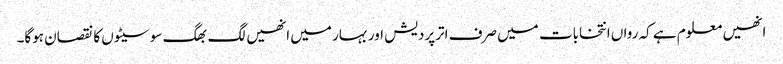
انھیں معلوم ہے کہ رواں انتخابات میں صرف اترپردیش اور بہار میں انھیں لگ بھگ سو سیٹوں کا نقصان ہوگا۔